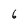
Character: 6